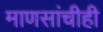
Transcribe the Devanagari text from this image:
माणसांचीही